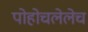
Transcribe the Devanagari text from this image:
पोहोचलेलेच